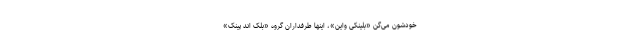
خودشون می‌گن «بلینکی واین»، اینها طرفداران گروه «بِلَک‌ اند پینک»